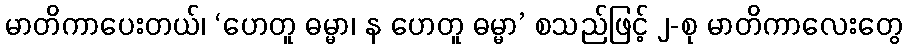
မာတိကာပေးတယ်၊ ‘ဟေတူ ဓမ္မာ၊ န ဟေတူ ဓမ္မာ’ စသည်ဖြင့် ၂-စု မာတိကာလေးတွေ